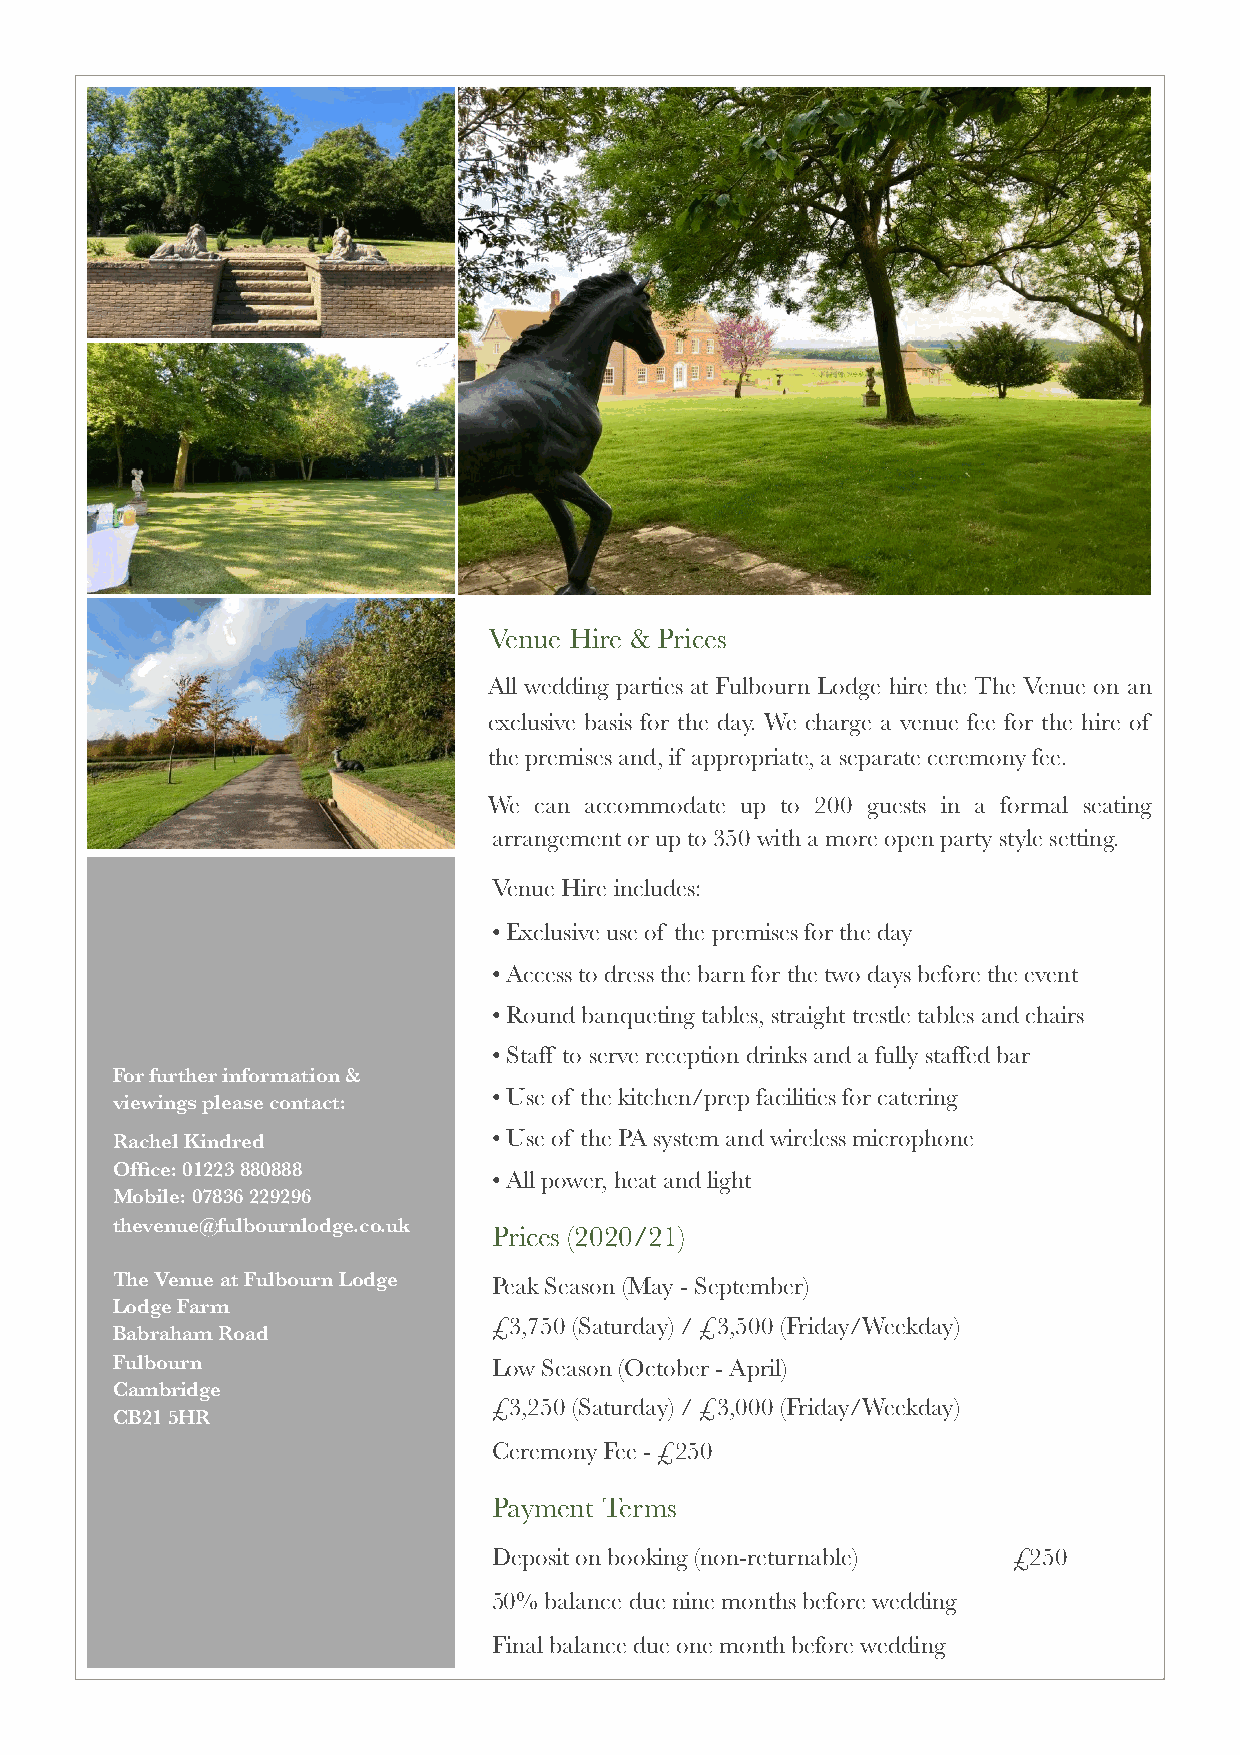
Venue Hire & Prices
 All wedding parties at Fulbourn Lodge hire the The Venue on an
 exclusive basis for the day. We charge a venue fee for the hire of
 the premises and, if appropriate, a separate ceremony fee.
 We can accommodate up to 200 guests in a formal seating
 arrangement or up to 350 with a more open party style setting.
 Venue Hire includes:
 •Exclusive use of the premises for the day
 •Access to dress the barn for the two days before the event
 •Round banqueting tables, straight trestle tables and chairs
 •Staff to serve reception drinks and a fully staffed bar
 For further information &
 •Use of the kitchen/prep facilities for catering
 viewings please contact:
 Rachel Kindred            •Use of the PA system and wireless microphone
 Office: 01223 880888
 •All power, heat and light
 Mobile: 07836 229296
 thevenue@fulbournlodge.co.uk
 Prices (2020/21)
 The Venue at Fulbourn Lodge Peak Season (May - September)
 Lodge Farm
 £3,750 (Saturday) / £3,500 (Friday/Weekday)
 Babraham Road
 Fulbourn                  Low Season (October - April)
 Cambridge
 £3,250 (Saturday) / £3,000 (Friday/Weekday)
 CB21 5HR
 Ceremony Fee - £250
 Payment Terms
 Deposit on booking (non-returnable) £250
 50% balance due nine months before wedding
 Final balance due one month before wedding